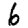
Digit: 6